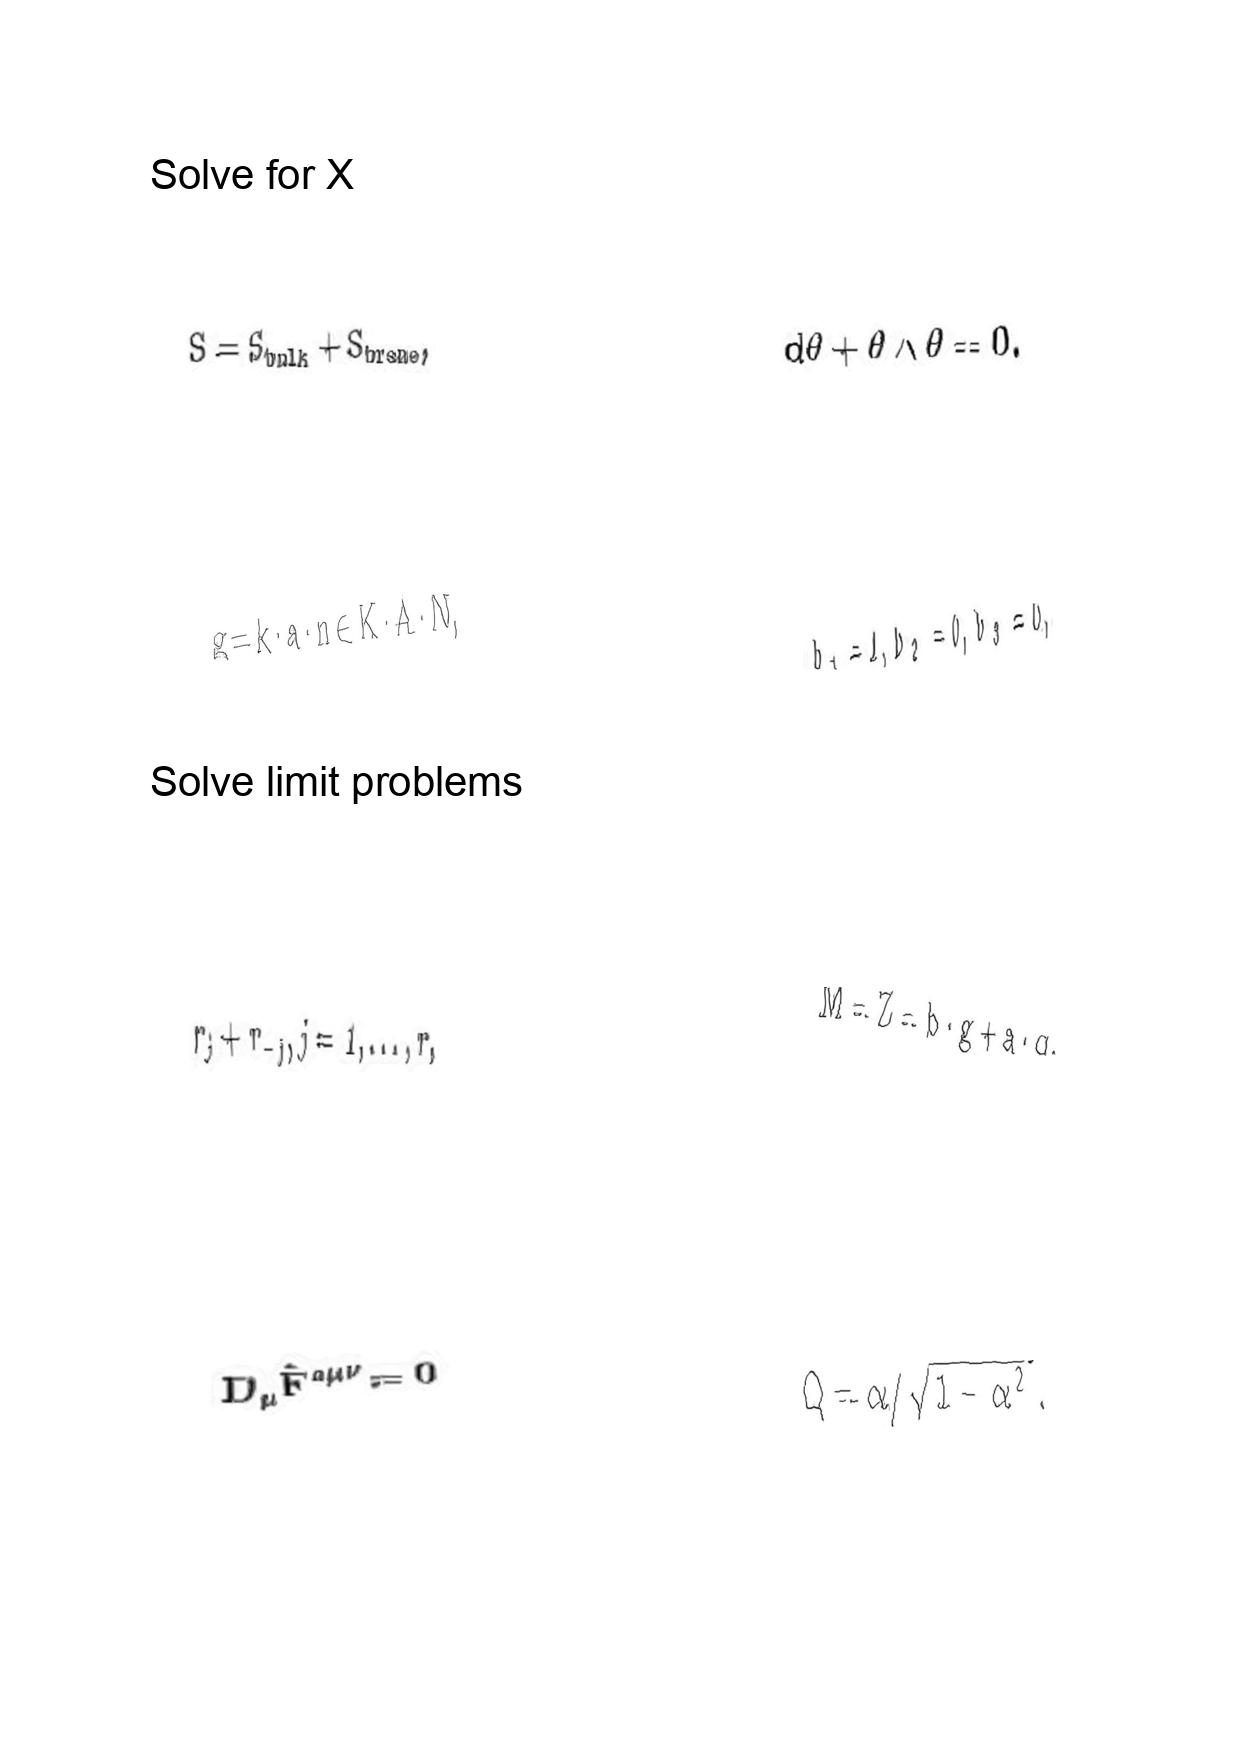
LaTeX transcription:
S = S _ { b u l k } + S _ { b r a n e } ,
g = k \cdot a \cdot n \in K \cdot A \cdot N ,
r _ { j } + r _ { - j } , j = 1 , \ldots , r ,
D _ { \mu } \hat { F } ^ { a \mu \nu } = 0
d \theta + \theta \wedge \theta = 0 .
b _ { 1 } = 1 , b _ { 2 } = 0 , b _ { 3 } = 0 ,
M = Z = b \cdot g + a \cdot q ,
Q = \alpha / \sqrt { 1 - \alpha ^ { 2 } } .